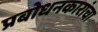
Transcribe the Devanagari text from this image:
प्रबोधनकारांचा